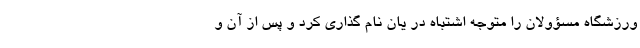
ورزشگاه مسؤولان را متوجه اشتباه در یان نام گذاری کرد و پس از آن و